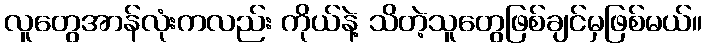
လူတွေအာန်လုံးကလည်း ကိုယ်နဲ့ သိတဲ့သူတွေဖြစ်ချင်မှဖြစ်မယ်။